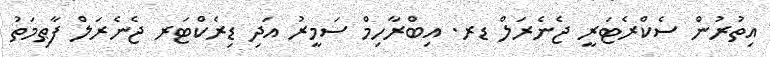
އިތުރުން ސެކްރެޓަރީ ޖެނެރަލް ޑރ. އިބްރާހިމް ސަމީރު އަދި ޑިރެކްޓަރ ޖެނެރަލް ފާޠިމަތު